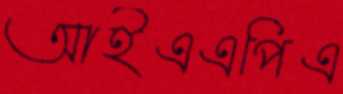
আইএএপিএ